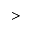
>